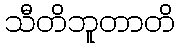
သီတိဘူတာတိ